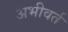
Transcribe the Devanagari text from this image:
अभीवर्त